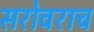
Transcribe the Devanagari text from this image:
सरोवराच